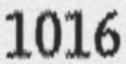
1016